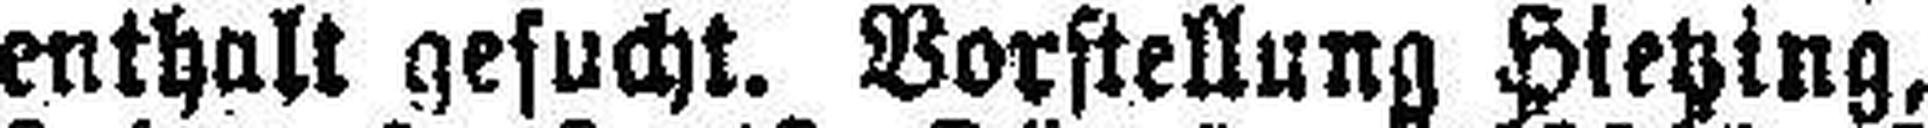
enthalt gesucht. Vorstellung Hietzing,